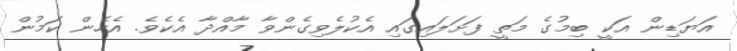
އަޔަޑިން އަކީ ބިމުގެ މަތީ ފަށަލައިގައި އެކުލެވިގެންވާ މާއްދާ އެކެވެ. އެހެން ކަމުން